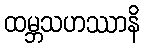
ထမ္ဘသဟဿာနိ